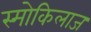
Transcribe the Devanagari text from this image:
स्मोकिलाज